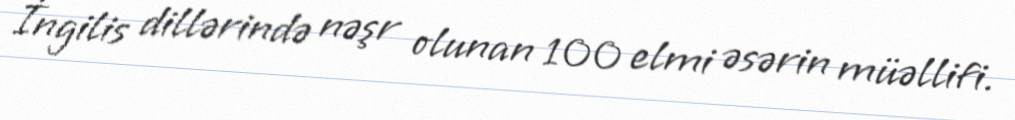
İngilis dillərində nəşr olunan 100 elmi əsərin müəllifi.